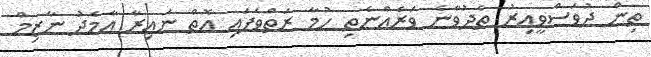
ތިން ދުވަސްވީއިރު ތެދުވާނެ ވަރެއްނެތި ހުމާ ރަތްވެފައި އޮތް ނައިރާ އާމެދު ނާޒިމް